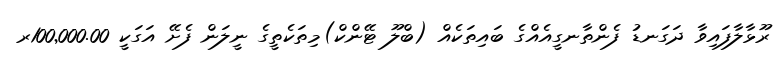
ރޫޅާލާފައިވާ ދަގަނޑު ފެންތާނގީއެއްގެ ބައިތަކެއް (ބްލޫ ޓޭންކް)މިތަކެތީގެ ނީލަން ފެށޭ އަގަކީ 100